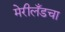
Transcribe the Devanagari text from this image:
मेरीलँडचा